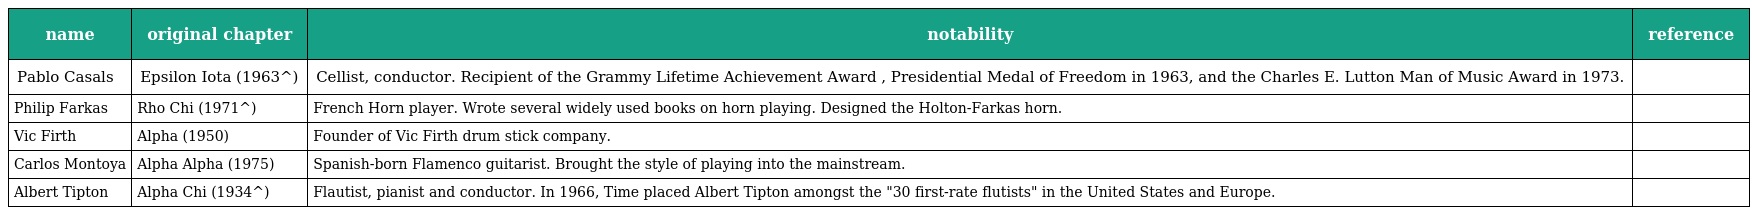
| name | original chapter | notability | reference |
 | --- | --- | --- | --- |
 | Pablo Casals | Epsilon Iota (1963^) | Cellist, conductor. Recipient of the Grammy Lifetime Achievement Award , Presidential Medal of Freedom in 1963, and the Charles E. Lutton Man of Music Award in 1973. |  |
 | Philip Farkas | Rho Chi (1971^) | French Horn player. Wrote several widely used books on horn playing. Designed the Holton-Farkas horn. |  |
 | Vic Firth | Alpha (1950) | Founder of Vic Firth drum stick company. |  |
 | Carlos Montoya | Alpha Alpha (1975) | Spanish-born Flamenco guitarist. Brought the style of playing into the mainstream. |  |
 | Albert Tipton | Alpha Chi (1934^) | Flautist, pianist and conductor. In 1966, Time placed Albert Tipton amongst the "30 first-rate flutists" in the United States and Europe. |  |